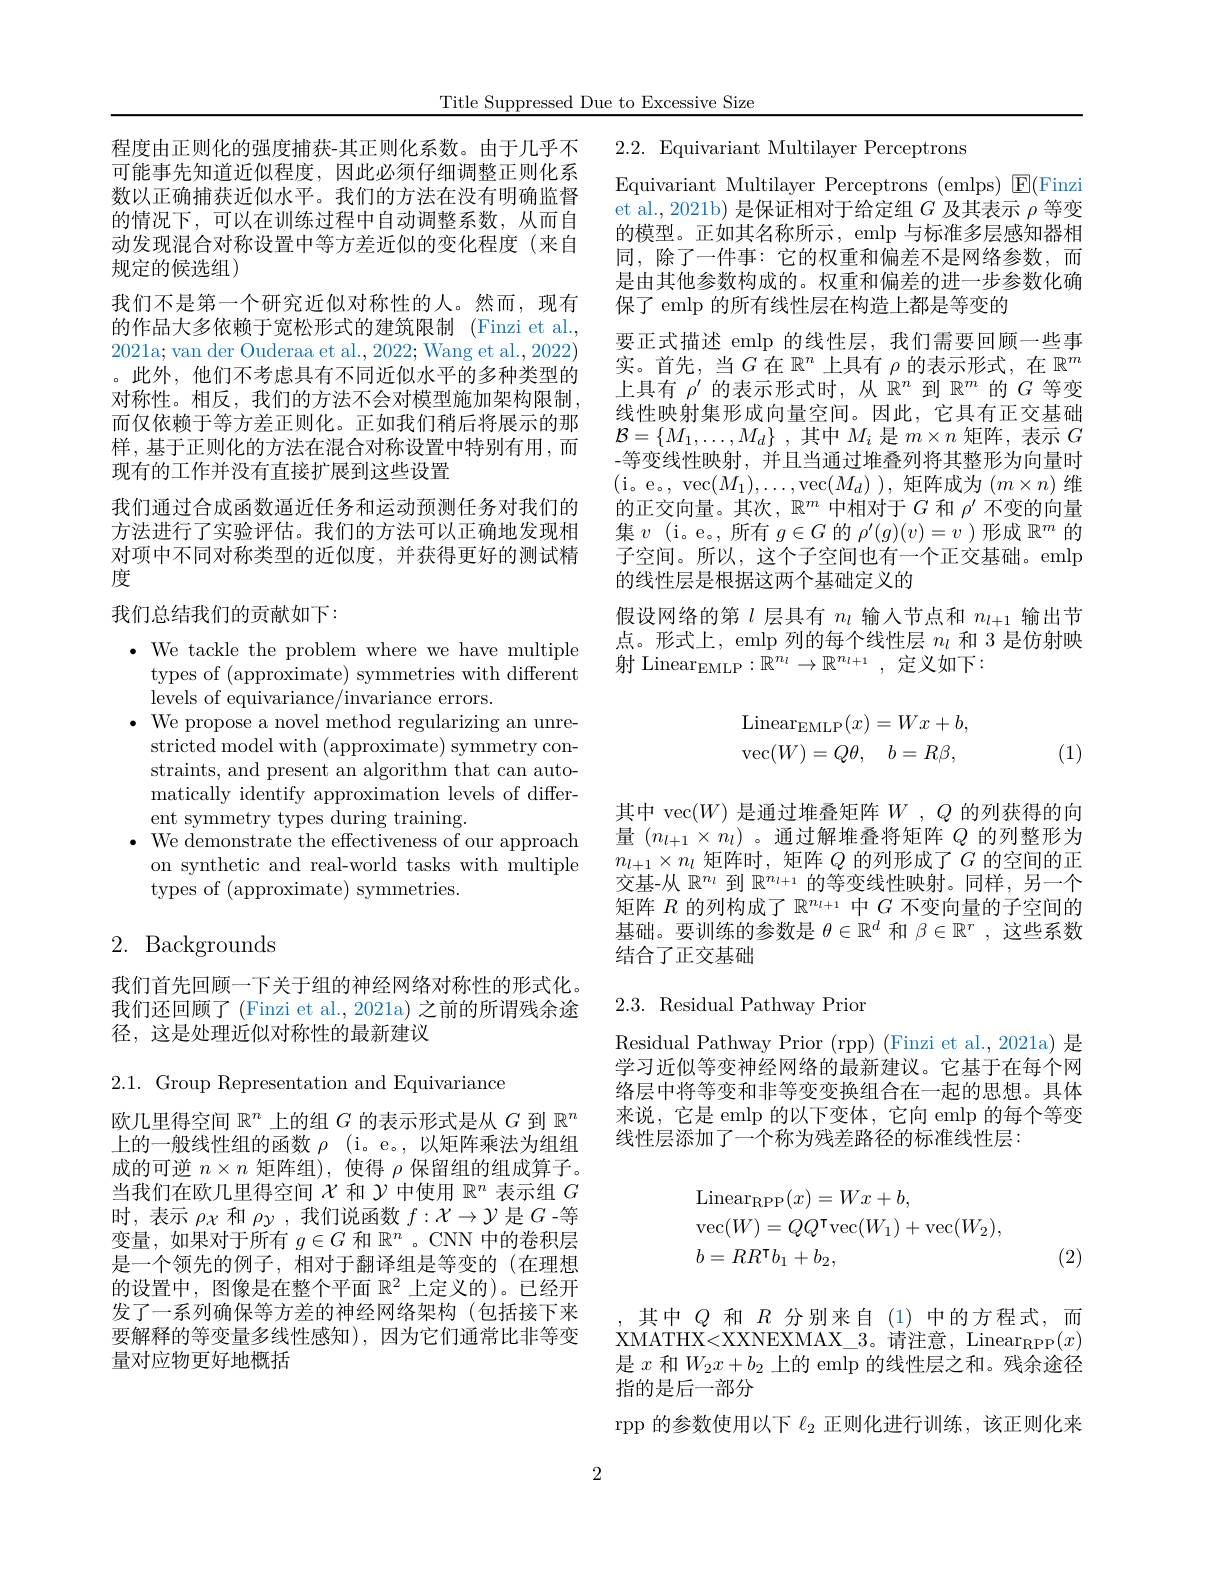
Title Suppressed Due to Excessive Size

程度由正则化的强度捕获-其正则化系数。由于几乎不可能事先知道近似程度，因此必须仔细调整正则化系数以正确捕获近似水平。我们的方法在没有明确监督的情况下，可以在训练过程中自动调整系数，从而自动发现混合对称设置中等方差近似的变化程度(来自) 规定的候选组)
我们不是第一个研究近似对称性的人。然而，现有的作品大多依赖于宽松形式的建筑限制 (Finzi et al., 2021a; van der Ouderaa et al., 2022; Wang et al., 2022) 。此外，他们不考虑具有不同近似水平的多种类型的对称性。相反，我们的方法不会对模型施加架构限制而仅依赖于等方差正则化。正如我们稍后将展示的那样，基于正则化的方法在混合对称设置中特别有用，而现有的工作并没有直接扩展到这些设置
我们通过合成函数逼近任务和运动预测任务对我们的方法进行了实验评估。我们的方法可以正确地发现相对项中不同对称类型的近似度，并获得更好的测试精度

## 我们总结我们的贡献如下：

$\cdot$ We tackle the problem where we have multiple
types of (approximate) symmetries with different
levels of equivariance/invariance errors.
$\cdot{\mathrm{~We~propose~a~novel~method~regularizing~an~unre-}}$
stricted model with (approximate) symmetry constraints, and present an algorithm that can automatically identify approximation levels of different symmetry types during training.
$\cdot{\mathrm{~We~demonstrate~the~effectiveness~of~our~approach}}$
on synthetic and real-world tasks with multiple
types of (approximate) symmetries.

# 2. Backgrounds

我们首先回顾一下关于组的神经网络对称性的形式化。我们还回顾了(Finzi et al., 2021a) 之前的所谓残余途径，这是处理近似对称性的最新建议

2.1.Group Representation and Equivariance

欧几里得空间$\mathbb{R}^n$上的组$G$的表示形式是从$G$到$\mathbb{R}^n$ 上的一般线性组的函数$\rho$ (i。e。, 以矩阵乘法为组组成的可逆$n\times n$矩阵组), 使得$\rho$保留组的组成算子。当我们在欧几里得空间$\chi$和$\mathcal{Y}$中使用$\mathbb{R}^n$表示组$G$ 时，表示$\rho_{\chi}$和$\rho_{y}$ ,我们说函数$f:\mathcal{X}\to\mathcal{Y}$是$G$ -等变量，如果对于所有$g\in G$和$\mathbb{R}^n$ 。CNN 中的卷积层是一个领先的例子，相对于翻译组是等变的(在理想的设置中，图像是在整个平面$\mathbb{R}^2$上定义的)。已经开发了一系列确保等方差的神经网络架构(包括接下来要解释的等变量多线性感知),因为它们通常比非等变量对应物更好地概括

2.2. Equivariant Multilayer Perceptrons
Equivariant Multilayer Perceptrons (emlps) $\mathsf{E}($Finzi et al., 2021b) 是保证相对于给定组$G$及其表示$\rho$等变的模型。正如其名称所示，emlp 与标准多层感知器相同，除了一件事：它的权重和偏差不是网络参数，而是由其他参数构成的。权重和偏差的进一步参数化确保了 emlp 的所有线性层在构造上都是等变的
要正式描述 emlp 的线性层，我们需要回顾一些事实。首先，当$G$在$\mathbb{R}^n$上具有$\rho$的表示形式，在$\mathbb{R}^m$ 上具有$\rho^\prime$的表示形式时，从$\mathbb{R}^n$到$\mathbb{R}^m$的$G$等变线性映射集形成向量空间。因此，它具有正交基础$\mathcal{B} = \{ M_1, \ldots , M_d\}$ ,其中$M_i$ 是$m\times n$ 矩阵，表示 $G$ -等变线性映射，并且当通过堆叠列将其整形为向量时(i。e。, vec$(M_1),\ldots$,vec$(M_d))$,矩阵成为$(m\times n)$维的正交向量。其次，$\mathbb{R}^m$中相对于$G$和$\rho^\prime$不变的向量集$v$ (i。e。,所有$g\in G$的$\rho^\prime(g)(v)=v$ )形成$\mathbb{R}^m$的子空间。所以，这个子空间也有一个正交基础。emlp 的线性层是根据这两个基础定义的
假设网络的第$l$层具有$n_l$输入节点和$n_l+1$输出节点。形式上，emlp 列的每个线性层$n_l$和 3 是仿射映射 Linear$_\mathrm{EMLP}:\mathbb{R}^{n_l}\to\mathbb{R}^{n_{l+1}}$, 定义如下：
$$\begin{array}{l}\mathrm{Linear}_{\mathrm{EMLP}}(x)=Wx+b,\\\mathrm{vec}(W)=Q\theta,\quad b=R\beta,\end{array}$$
(1)

其中 vec$(W)$是通过堆叠矩阵$W,Q$的列获得的向量$(n_{l+1}\times n_l)$ 。通过解堆叠将矩阵$Q$的列整形为$n_{l+1}\times n_l$矩阵时，矩阵$Q$的列形成了$G$的空间的正交基-从$\mathbb{R}^n_l$到$\mathbb{R}^n_{l+1}$的等变线性映射。同样，另一个矩阵$R$的列构成了$\mathbb{R}^n_{l+1}$中$G$不变向量的子空间的基础。要训练的参数是$\theta\in\mathbb{R}^d$和$\beta\in\mathbb{R}^r$,这些系数结合了正交基础

2.3. Residual Pathway Prior

Residual Pathway Prior (rpp) (Finzi et al., 2021a) 是学习近似等变神经网络的最新建议。它基于在每个网络层中将等变和非等变变换组合在一起的思想。具体来说，它是 emlp 的以下变体，它向 emlp 的每个等变线性层添加了一个称为残差路径的标准线性层：
$$\begin{aligned}&\mathrm{Linear}_{\mathrm{RPP}}(x)=Wx+b,\\&\mathrm{vec}(W)=QQ^{\intercal}\mathrm{vec}(W_{1})+\mathrm{vec}(W_{2}),\\&b=RR^{\intercal}b_{1}+b_{2},\end{aligned}$$
(2)

其中$Q$和$R$分别来自(1)中的方程式，而$XMATHX<XXNEXMAX\_3。请注意，Linear_{RPP}(x)$ 是$x$和$W_2x+b_2$上的 emlp 的线性层之和。残余途径指的是后一部分
rpp 的参数使用以下$\ell_2$正则化进行训练，该正则化来

2